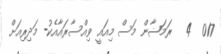
017  4   ރަމަޟާން މަސް މިއައީ ވިއްސާރައާއެކު- މަދިރިއަށް